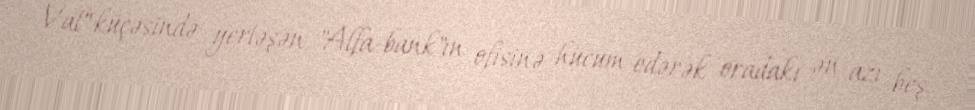
Val" küçəsində yerləşən "Alfa-bank"ın ofisinə hücum edərək oradakı ən azı beş